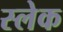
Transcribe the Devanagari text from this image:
स्लेक